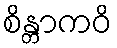
စိန္တာကဝိ